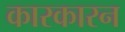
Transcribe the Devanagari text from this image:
कारकारन